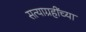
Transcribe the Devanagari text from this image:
सत्याग्रहींच्या